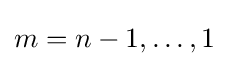
m=n-1,\ldots ,1